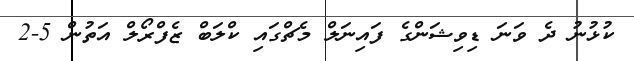
ކުޅުނު ދެ ވަނަ ޑިވިޝަންގެ ފައިނަލް މެޗްގައި ކްލަބް ޒެފްރޯލް އަތުން 5-2